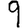
Digit: 9